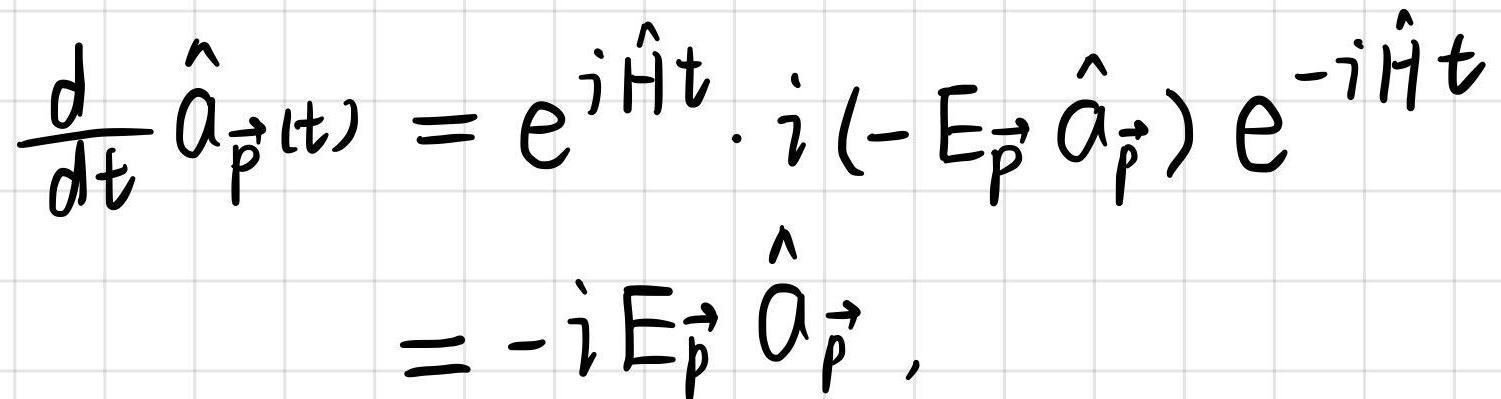
\[
\frac{d}{dt} \hat{a}_{\vec{p}}(t)=e^{i\hat{H}t} \cdot i(-E_{\vec{p}} \hat{a}_{\vec{p}})e^{-i\hat{H}t}=-iE_{\vec{p}} \hat{a}_{\vec{p}},
\]